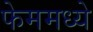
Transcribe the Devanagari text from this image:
फेममध्ये